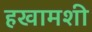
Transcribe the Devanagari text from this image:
हखामशी